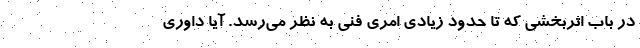
در باب اثربخشی که تا حدود زیادی امری فنی به نظر می‌رسد. آیا داوری